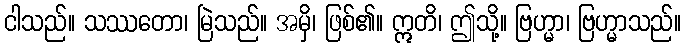
ငါသည်။ သဿတော၊ မြဲသည်။ အမှိ၊ ဖြစ်၏။ ဣတိ၊ ဤသို့။ ဗြဟ္မာ၊ ဗြဟ္မာသည်။